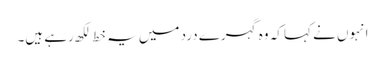
انہوں نے کہا کہ وہ گہرے درد میں یہ خط لکھ رہے ہیں۔